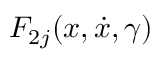
F _ { 2 j } ( x , \dot { x } , \gamma )